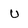
Character: U